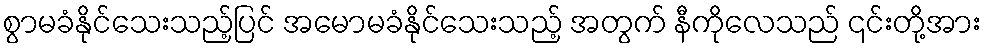
စွာမခံနိုင်သေးသည့်ပြင် အမောမခံနိုင်သေးသည့် အတွက် နီကိုလေသည် ၎င်းတို့အား